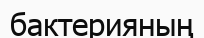
бактерияның